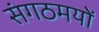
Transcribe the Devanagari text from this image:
संगठमयों